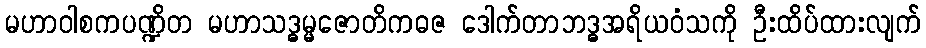
မဟာဝါစကပဏ္ဍိတ မဟာသဒ္ဓမ္မဇောတိကဓဇ ဒေါက်တာဘဒ္ဓအရိယဝံသကို ဦးထိပ်ထားလျက်